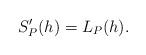
LaTeX: \begin{align*} \begin{aligned} S_P'(h)=L_P(h). \end{aligned} \end{align*}